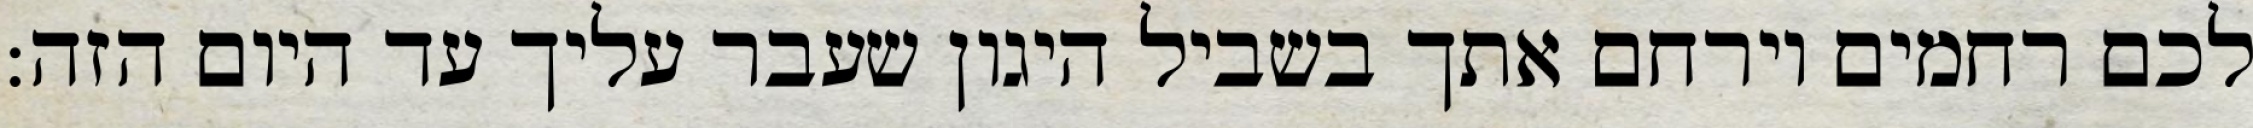
לכם רחמים וירחם אתך בשביל היגון שעבר עליך עד היום הזה: